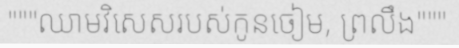
"""ឈាមវិសេសរបស់កូនចៀម, ព្រលឹង"""